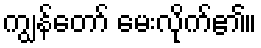
ကျွန်တော် မေးလိုက်၏။